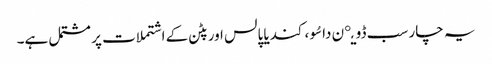
یہ چار سب ڈویږن داسُو ، کندیا پالس اور پٹن کے اشتملات پر مشتمل ہے۔